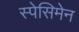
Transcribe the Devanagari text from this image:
स्पेसिमेन